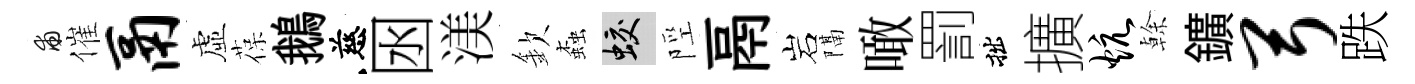
甫催鬲虛葆鵝慈囦渼欽螙蛟陘鬲岩隔噉罰拙擴炕𠏉鑛弓跌